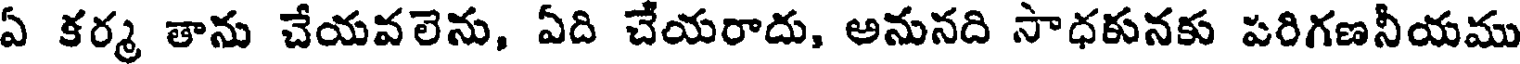
ఏ కర్మ తాను చేయవలెను, ఏది చేయరాదు, అనునది సాధకునకు పరిగణనీయము